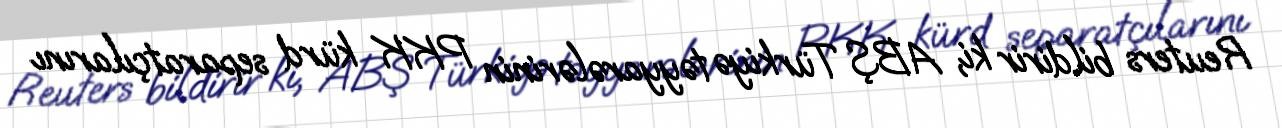
Reuters bildirir ki, ABŞ Türkiyə təyyarələrinin PKK kürd separatçılarını